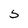
Character: 5